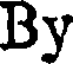
By